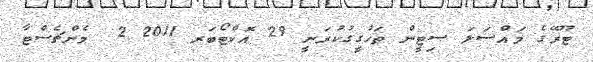
ޓޫރޭގެ މައްސަލަ ސިޓީން ތަހުގީގުކުރަނީ 29 އޮކްޓޯބަރ 2011 2  މެންޗެސްޓާ